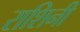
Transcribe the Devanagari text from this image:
राशिनी